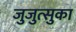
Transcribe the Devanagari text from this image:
जुजुत्सुका